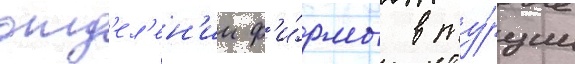
отд'ел'ен'ии ф'и́рмы в ту́рции